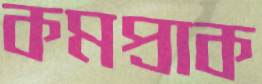
কমপ্রাক